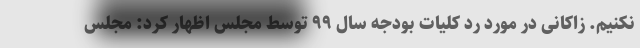
نکنیم. زاکانی در مورد رد کلیات بودجه سال ۹۹ توسط مجلس اظهار کرد: مجلس